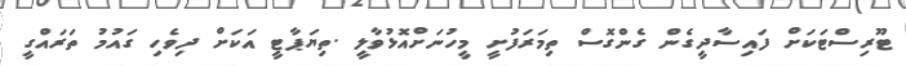
ޓޫރިސްޓަކަށް ފައިސާދީގެން ގެންގޮސް ތިމަރަފުށީ މީހުނަށްއޮޅުވާލީ .ތިޔަޕާޓީ އަކަށް ދިވެހި ގައުމު ތަރައްގީ